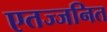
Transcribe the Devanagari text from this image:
एतज्जनित